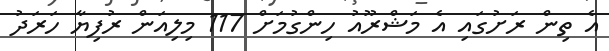
އެ ތިން ރަށުގައި އެ މަޝްރޫއު ހިންގުމަށް 117 މިލިއަން ރުފިޔާ ހަރަދު